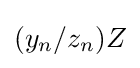
(y_{n}/z_{n})Z